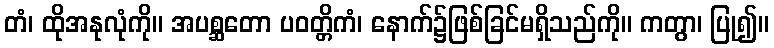
တံ၊ ထိုအနုလုံကို။ အပစ္ဆတော ပဝတ္တိကံ၊ နောက်၌ဖြစ်ခြင်မရှိသည်ကို။ ကတွာ၊ ပြု၍။